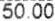
50.00